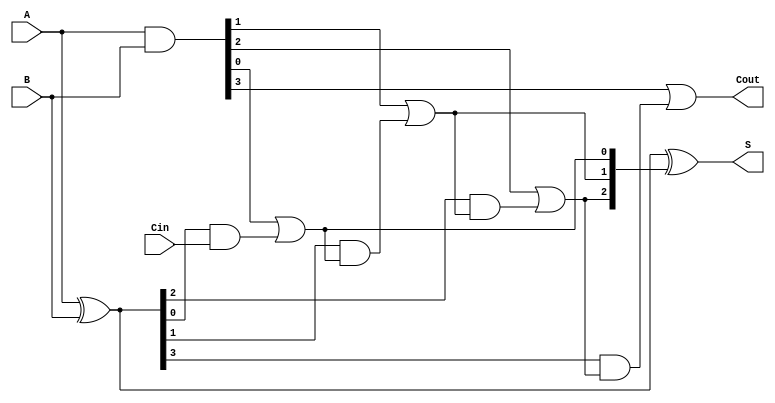
module RCLA #(parameter N = 4) (
    input  [N-1:0] A,     // First operand
    input  [N-1:0] B,     // Second operand
    input         Cin,     // Carry-in
    output [N-1:0] S,      // Sum output
    output        Cout      // Carry-out
);

    // Generate and propagate signals
    wire [N-1:0] G; // Generate signals
    wire [N-1:0] P; // Propagate signals
    wire [N:0] C;    // Carry signals

    // Generate and propagate logic
    assign G = A & B;        // Gi = Ai AND Bi
    assign P = A ^ B;        // Pi = Ai XOR Bi

    // Carry calculation
    assign C[0] = Cin;       // C0 = Cin
    generate
        genvar i;
        for (i = 0; i < N-1; i = i + 1) begin : carry_gen
            assign C[i+1] = G[i] | (P[i] & C[i]);
        end
    endgenerate
    assign Cout = G[N-1] | (P[N-1] & C[N-1]); // Cn = Gn-1 OR (Pn-1 AND Cn-1)

    // Sum calculation
    assign S = A ^ B ^ C[N-1:1]; // Si = Ai XOR Bi XOR Ci

endmodule